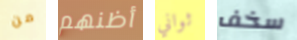
من أظنهم ثواني سخف